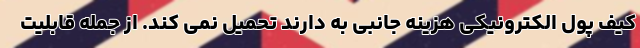
کیف پول الکترونیکی هزینه جانبی به دارند تحمیل نمی کند. از جمله قابلیت